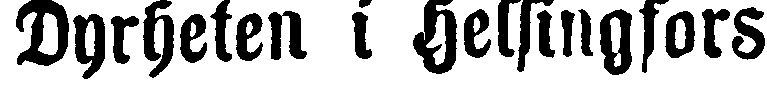
Dyrheten i Helsingfors.